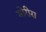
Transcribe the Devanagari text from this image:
मोरीरा